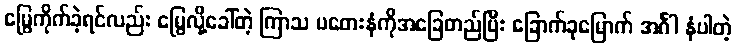
မြွေကိုက်ခဲ့ရင်လည်း မြွေလို့ခေါ်တဲ့ ကြာသ ပတေးနံကိုအခြေတည်ပြီး ခြောက်ခုမြောက် အင်္ဂါ နံပါတဲ့